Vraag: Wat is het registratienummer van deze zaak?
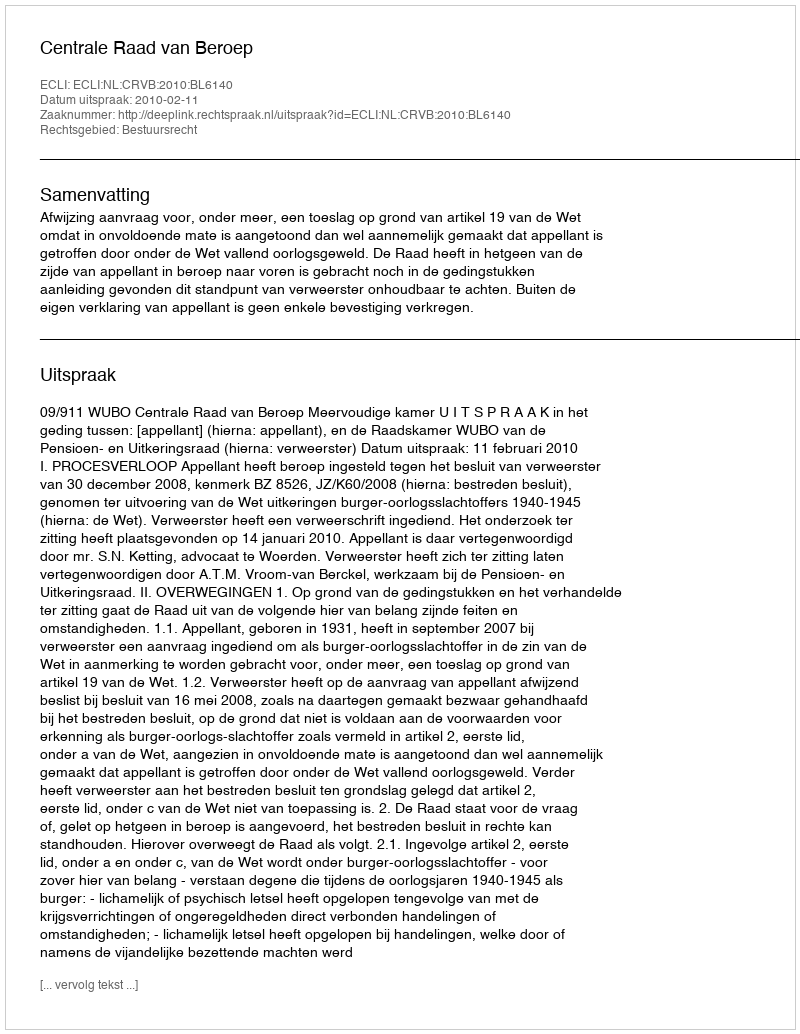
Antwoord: http://deeplink.rechtspraak.nl/uitspraak?id=ECLI:NL:CRVB:2010:BL6140